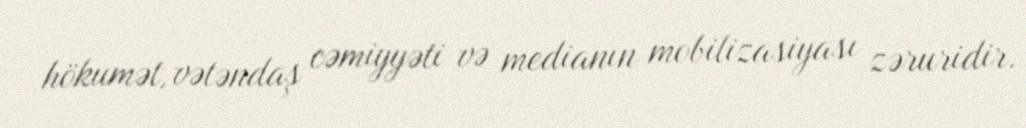
hökumət, vətəndaş cəmiyyəti və medianın mobilizasiyası zəruridir.